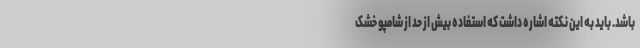
باشد. باید به این نکته اشاره داشت که استفاده بیش از حد از شامپو خشک